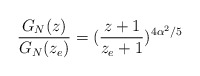
\begin{align*}\frac{G_N(z)}{G_N(z_e)}=(\frac{z+1}{z_e+1})^{4\alpha^2/5}\end{align*}